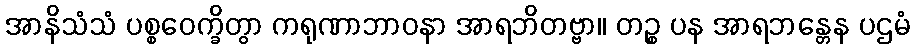
အာနိသံသံ ပစ္စဝေက္ခိတွာ ကရုဏာဘာဝနာ အာရဘိတဗ္ဗာ။ တဉ္စ ပန အာရဘန္တေန ပဌမံ